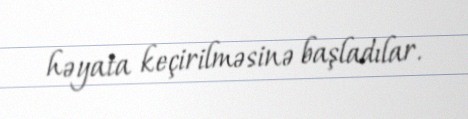
həyata keçirilməsinə başladılar.